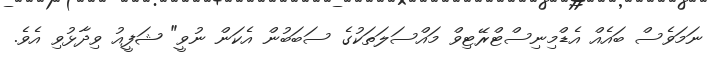
ނަމަވެސް ބައެއް އެޑްމިނިސްޓްރޭޓިވް މައްސަލަތަކުގެ ސަބަބުން އެކަން ނުވީ" ޝަފީއު ވިދާޅުވި އެވެ.